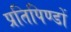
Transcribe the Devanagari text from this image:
प्रतिपिण्डों